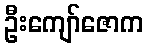
ဦးကျော်ဇောက